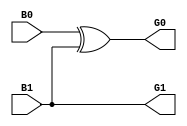
module b_g2(G1,G0,B1,B0);
  input B1,B0;
  output G1,G0;
  xor(G0,B0,B1);
  buf(G1,B1);
endmodule